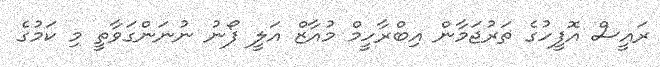
ރައީސް އޮފީހުގެ ތަރުޖަމާން އިބްރާހީމް މުއާޒް އަލީ ފޯނު ނުނަންގަވާތީ މި ކަމުގެ